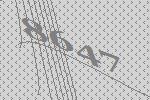
8647